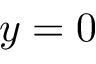
y = 0